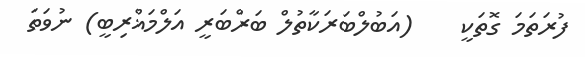
ފުރަތަމަ ގޮތަކީ    (އަބުލްބަރަކާތުލް ބަރްބަރީ އަލްމަޣްރިބީ) ނުވަތަ